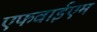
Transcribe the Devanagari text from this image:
एफवाईएम